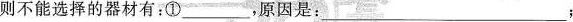
则不能选择的器材有：① ___，原因是： ___；